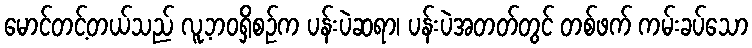
မောင်တင့်တယ်သည် လူ့ဘဝရှိစဉ်က ပန်းပဲဆရာ၊ ပန်းပဲအတတ်တွင် တစ်ဖက် ကမ်းခပ်သော